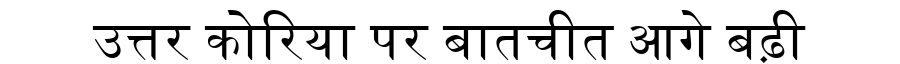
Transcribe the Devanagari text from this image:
उत्तर कोरिया पर बातचीत आगे बढ़ी